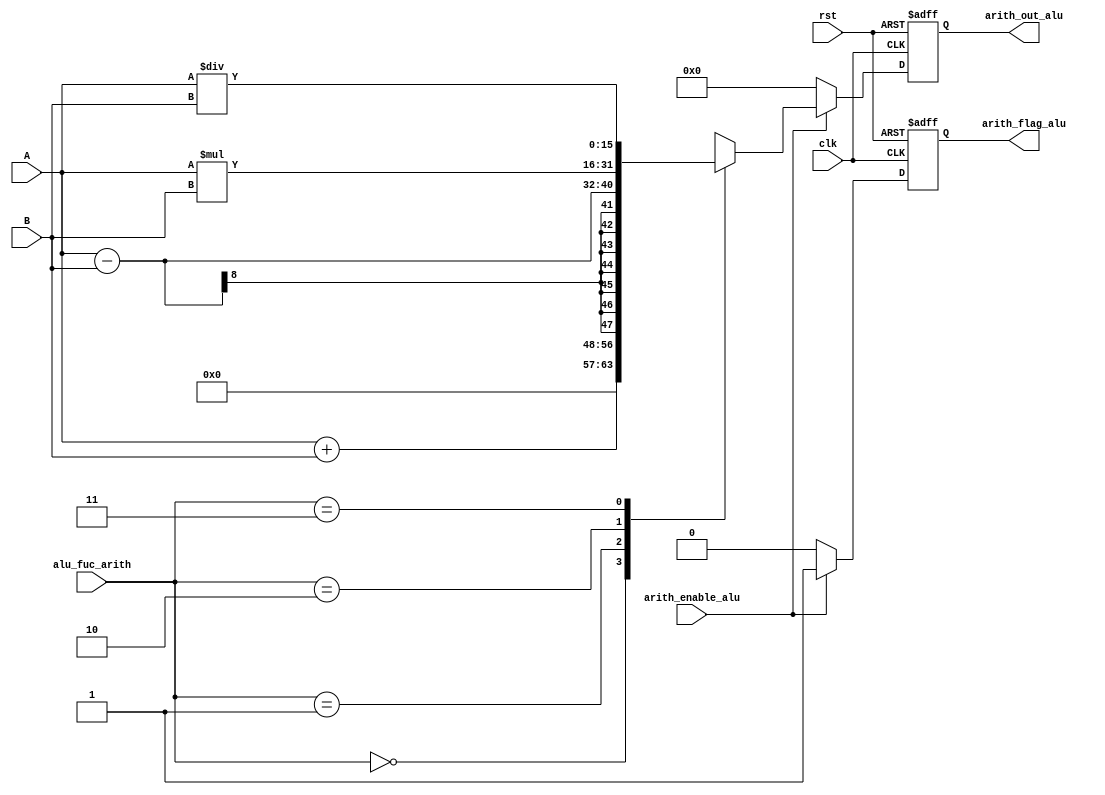
module arithmetic_unit#(parameter input_width=8,output_width=16)(
  input wire [input_width-1:0] A,B,
  input wire [1:0] alu_fuc_arith,
  input wire clk,rst,arith_enable_alu,
  output reg [output_width-1:0] arith_out_alu,
  //output reg carry_out_alu,
  output reg arith_flag_alu
  );
  
  always@(posedge clk or negedge rst)
    begin
      if(!rst)
        begin
          arith_out_alu<=0;
          //carry_out_alu<=1'b0;
          arith_flag_alu<= 1'b0;
        end
      else if(arith_enable_alu)
        begin
          arith_flag_alu<= 1'b1;
          case(alu_fuc_arith)
            2'b00: begin
              arith_out_alu<=A+B;
          end
            2'b01: begin
              arith_out_alu<=A-B;
          end
            2'b10: begin
              arith_out_alu<=A*B;
          end
            2'b11: begin
             arith_out_alu<=A/B;
          end
          default: begin
            arith_out_alu<=0;
          end
          endcase
       end
     else
       begin
         arith_out_alu<=0;
         arith_flag_alu<= 1'b0;
       end
     end

endmodule